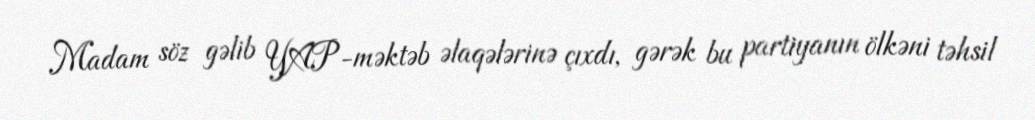
Madam söz gəlib YAP-məktəb əlaqələrinə çıxdı, gərək bu partiyanın ölkəni təhsil